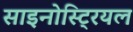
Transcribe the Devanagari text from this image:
साइनोस्ट्रियल